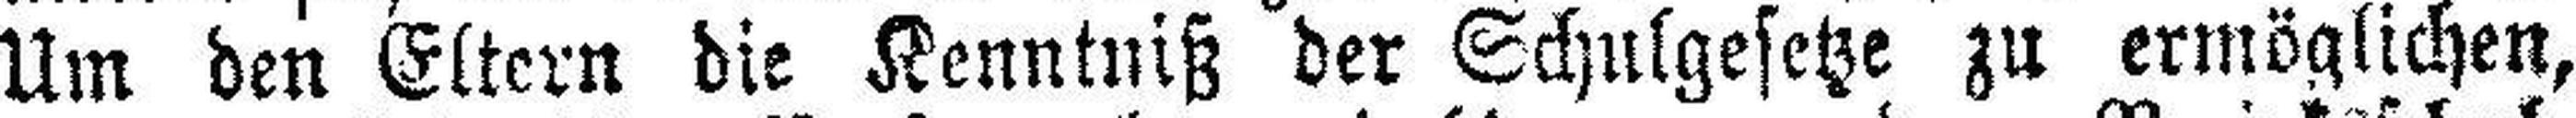
Um den Eltern die Kenntniß der Schulgesetze zu ermöglichen,